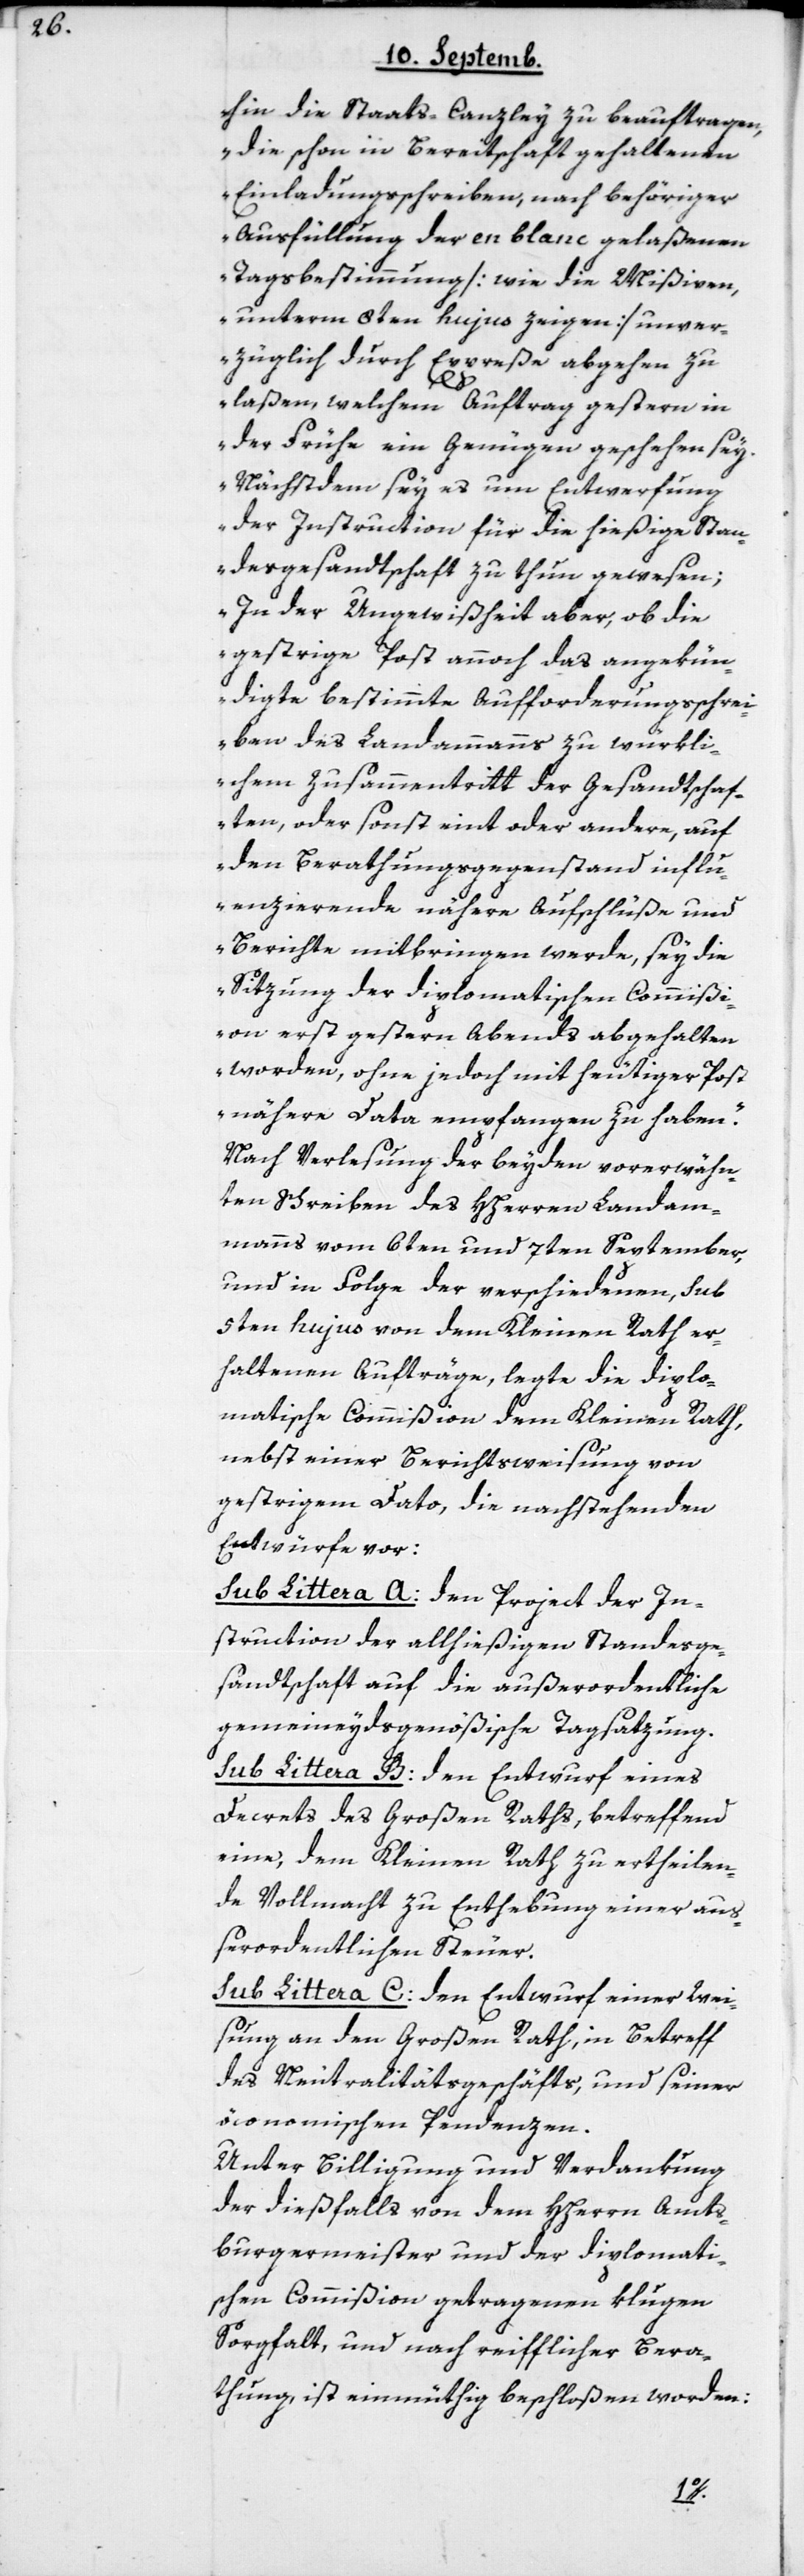
hin die Staats-Canzley zu beauftragen,
die schon in Bereitschaft gehaltenen
Einladungsschreiben, nach behöriger
Ausfüllung der en blanc gelaßenen
Tagsbestimmung (wie die Mißiven,
unterm 8ten hujus zeigen) unver¬
züglich durch Expreße abgehen zu
laßen, welchem Auftrag gestern in
der Frühe ein Genügen geschehen sey.
Nächstdem sey es um Entwerfung
der Instruction für die hießige Stan¬
desgesandtschaft zu thun gewesen;
In der Ungewißheit aber, ob die
gestrige Post annoch das angekün¬
digte bestimmte Aufforderungsschrei¬
ben des Landammanns zu würkli¬
chem Zusammentritt der Gesandtschaf¬
ten, oder sonst eint oder andere, auf
den Berathungsgegenstand influ¬
enzierende nähere Aufschlüße und
Berichte mitbringen werde, sey die
Sitzung der diplomatischen Commißi¬
on erst gestern Abends abgehalten
worden, ohne jedoch mit heutiger Post
nähere Data empfangen zu haben“.
Nach Verlesung der beyden vorerwähn¬
ten Schreiben des HHerren Landam¬
manns vom 6ten und 7ten September,
und in Folge der verschiedenen, sub
5ten hujus von dem Kleinen Rath er¬
haltenen Aufträge, legte die diplo¬
matische Commißion dem Kleinen Rath,
nebst einer Berichtsweisung von
gestrigem Dato, die nachstehenden
Entwürfe vor:
Sub Littera A: Den Project der In¬
struction der allhießigen Standesge¬
sandtschaft auf die außerordentliche
gemeineydsgenößische Tagsatzung.
Sub Littera B: Den Entwurf eines
Decrets des Großen Raths, betrreffend
eine, dem Kleinen Rath zu ertheilen¬
de Vollmacht zu Enthebung einer auß¬
erordentlichen Steuer.
Sub Littera C: Den Entwurf einer Wei¬
sung an den Großen Rath, in Betreff
des Neutralitätsgeschäfts und seiner
öconomischen Pendenzen.
Unter Billigung und Verdankung
der dießfalls von dem HHerrn Amts¬
burgermeister und der diplomati¬
schen Commißion getragenen klugen
Sorgfalt, und nach reifflicher Bera¬
thung, ist einmüthig beschloßen worden: